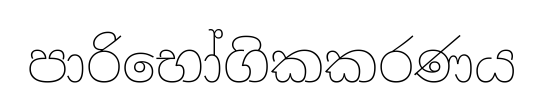
පාරිභෝගිකකරණය